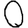
Digit: 0